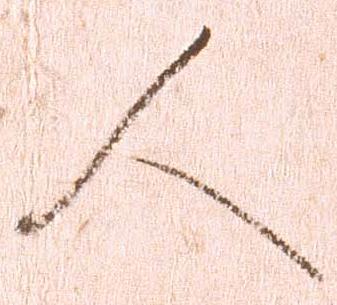
人